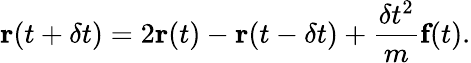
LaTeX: \textbf{r}(t+\delta t)=2\textbf{r}(t)-\textbf{r}(t-\delta t)+\frac{\delta t^{2}}{m}\textbf{f}(t).